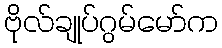
ဗိုလ်ချုပ်ဂွမ်မော်က